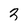
Character: 3